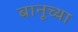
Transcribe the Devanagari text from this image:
बानूच्या